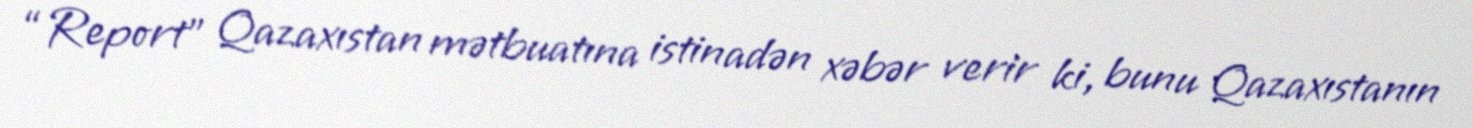
“Report” Qazaxıstan mətbuatına istinadən xəbər verir ki, bunu Qazaxıstanın